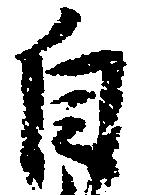
自